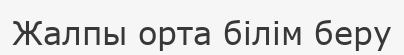
Жалпы орта білім беру